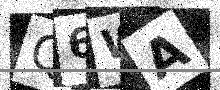
Text: Q6WA